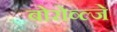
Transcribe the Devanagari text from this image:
बोरोव्ल्जे